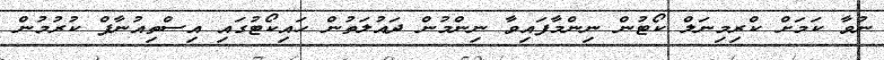
ނުވާ ކަމަށް ކްރިމިނަލް ކޯޓުން ނިންމާފައިވާ ނިންމުން ދައުލަތުން ހައިކޯޓުގައި އިސްތިއުނާފް ކުރުމުން